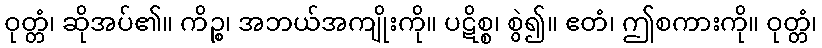
ဝုတ္တံ၊ ဆိုအပ်၏။ ကိဉ္စ၊ အဘယ်အကျိုးကို။ ပဋိစ္စ၊ စွဲ၍။ ဧတံ၊ ဤစကားကို။ ဝုတ္တံ၊